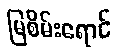
မြစိမ်းရောင်